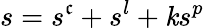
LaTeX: s=s^{\mathfrak{c}}+s^{l}+\mathit{k}s^{p}